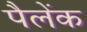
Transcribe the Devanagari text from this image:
पैलेंक